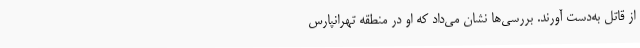
از قاتل به‌دست آورند. بررسی‌ها نشان می‌داد که او در منطقه تهرانپارس